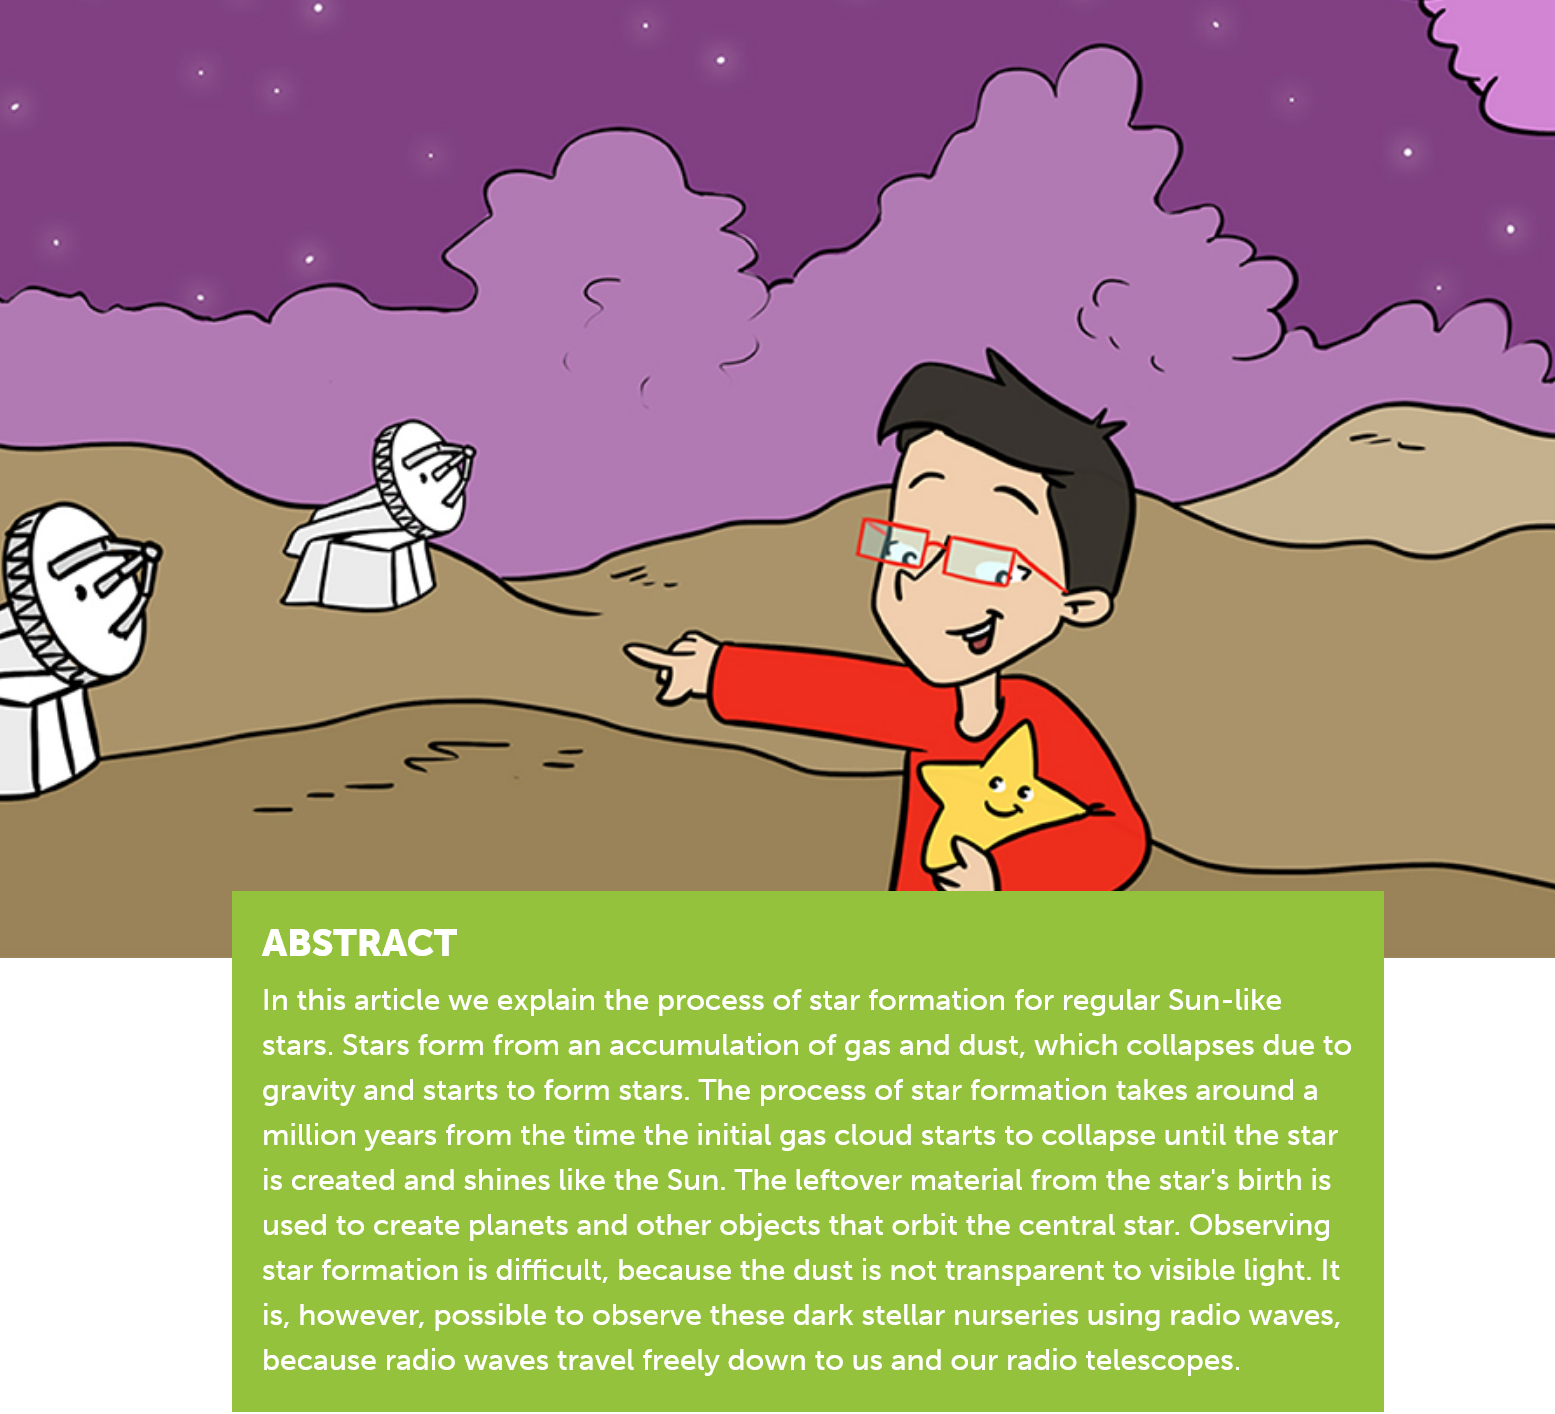
ABSTRACT
     In this article we explain the process of star formation for regular Sun-like
     stars. Stars form from an accumulation of gas and dust, which collapses due to
     gravity and starts to form stars. The process of star formation takes around a
     million years from the time the initial gas cloud starts to collapse until the star
     is created and shines like the Sun. The leftover material from the star's birth is
     used to create planets and other objects that orbit the central star. Observing
     star formation is difficult, because the dust is not transparent to visible light. It
     is, however, possible to observe these dark stellar nurseries using radio waves,
     because radio waves travel freely down to us and our radio telescopes.